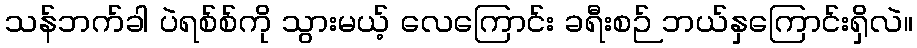
သန်ဘက်ခါ ပဲရစ်စ်ကို သွားမယ့် လေကြောင်း ခရီးစဉ် ဘယ်နှကြောင်းရှိလဲ။